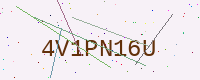
Text: 4V1PN16U